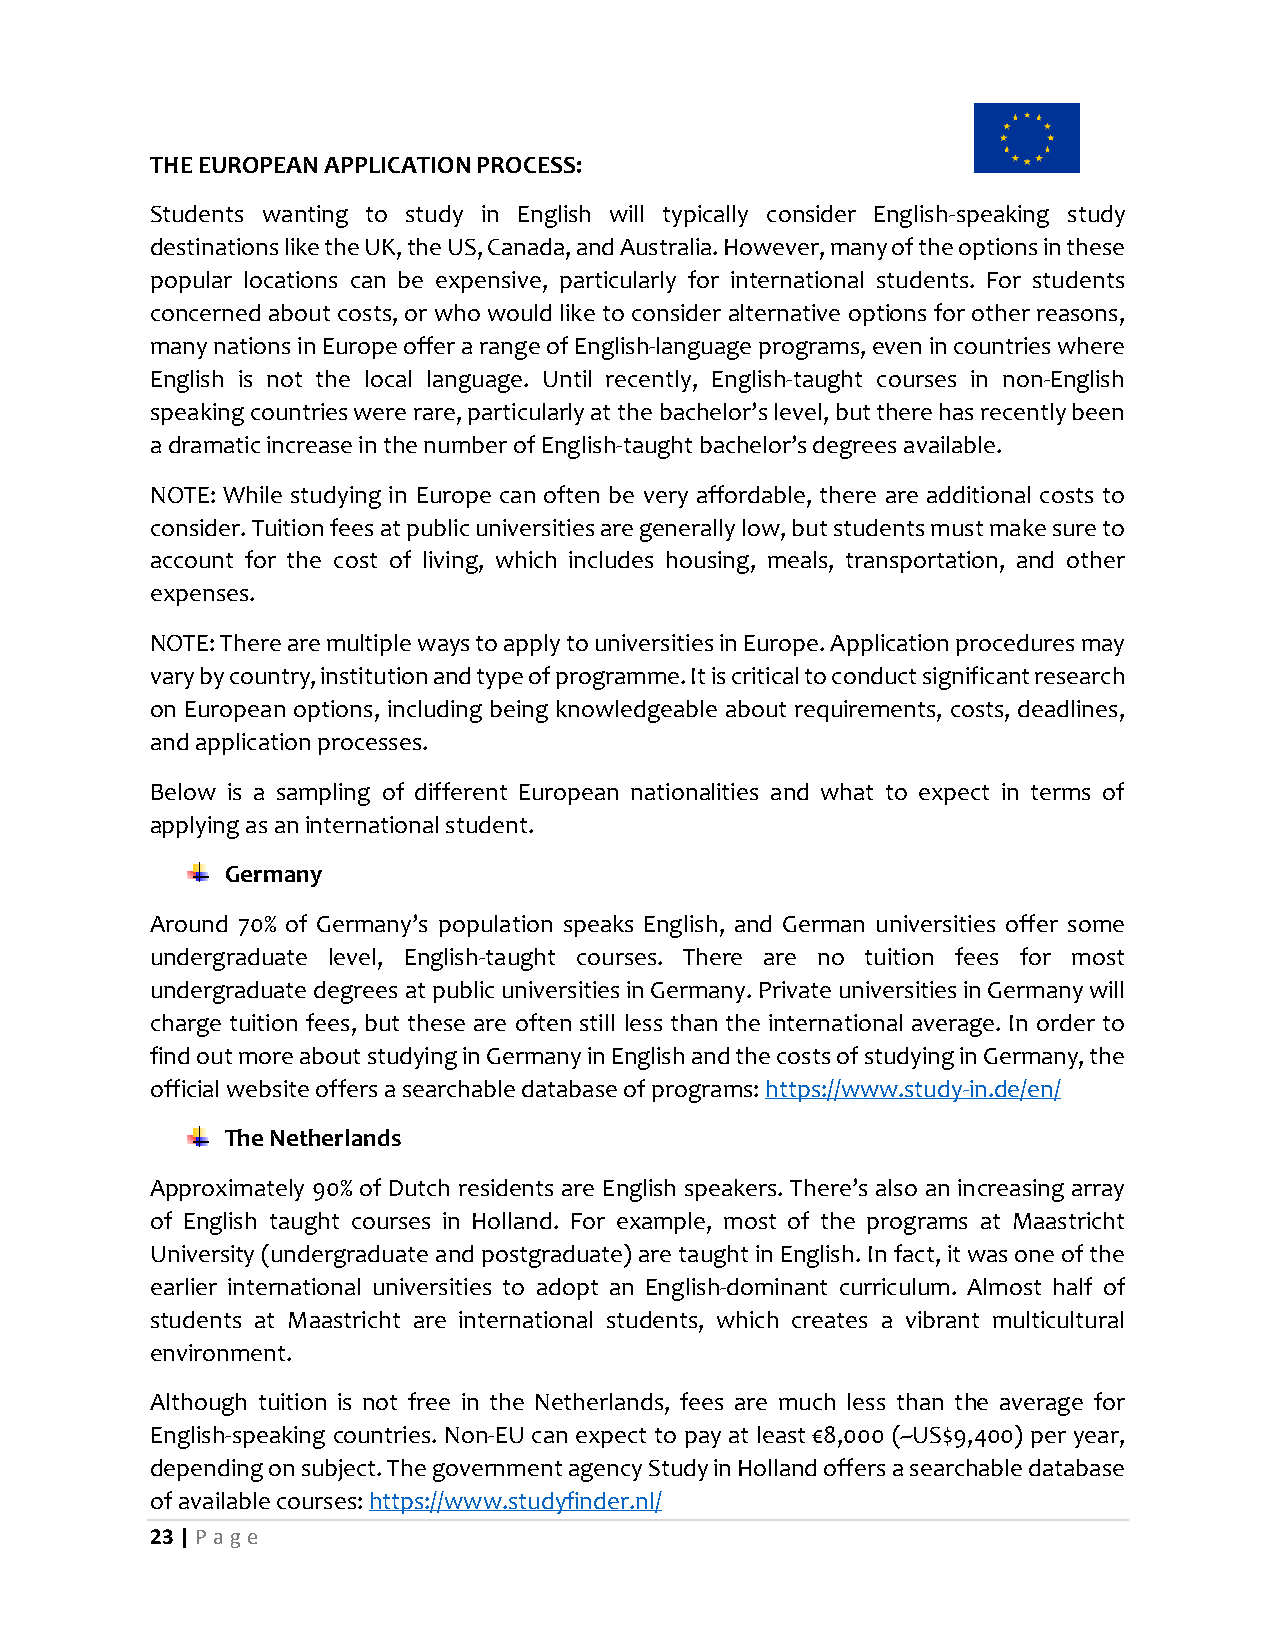
THE EUROPEAN APPLICATION PROCESS:
 Students wanting to study in English will typically consider English-speaking study
 destinations like the UK, the US, Canada, and Australia. However, many of the options in these
 popular locations can be expensive, particularly for international students. For students
 concerned about costs, or who would like to consider alternative options for other reasons,
 many nations in Europe offer a range of English-language programs, even in countries where
 English is not the local language. Until recently, English-taught courses in non-English
 speaking countries were rare, particularly at the bachelor’s level, but there has recently been
 a dramatic increase in the number of English-taught bachelor’s degrees available.
 NOTE: While studying in Europe can often be very affordable, there are additional costs to
 consider. Tuition fees at public universities are generally low, but students must make sure to
 account for the cost of living, which includes housing, meals, transportation, and other
 expenses.
 NOTE: There are multiple ways to apply to universities in Europe. Application procedures may
 vary by country, institution and type of programme. It is critical to conduct significant research
 on European options, including being knowledgeable about requirements, costs, deadlines,
 and application processes.
 Below is a sampling of different European nationalities and what to expect in terms of
 applying as an international student.
 Germany
 Around 70% of Germany’s population speaks English, and German universities offer some
 undergraduate level, English-taught courses. There are no tuition fees for most
 undergraduate degrees at public universities in Germany. Private universities in Germany will
 charge tuition fees, but these are often still less than the international average. In order to
 find out more about studying in Germany in English and the costs of studying in Germany, the
 official website offers a searchable database of programs: https://www.study-in.de/en/
 The Netherlands
 Approximately 90% of Dutch residents are English speakers. There’s also an increasing array
 of English taught courses in Holland. For example, most of the programs at Maastricht
 University (undergraduate and postgraduate) are taught in English. In fact, it was one of the
 earlier international universities to adopt an English-dominant curriculum. Almost half of
 students at Maastricht are international students, which creates a vibrant multicultural
 environment.
 Although tuition is not free in the Netherlands, fees are much less than the average for
 English-speaking countries. Non-EU can expect to pay at least €8,000 (~US$9,400) per year,
 depending on subject. The government agency Study in Holland offers a searchable database
 of available courses: https://www.studyfinder.nl/
 23 | P age